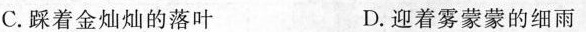
C.踩着金灿灿的落叶 D.迎着雾蒙蒙的细雨